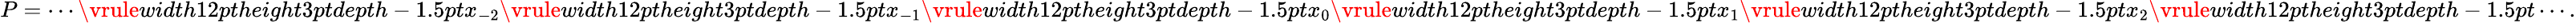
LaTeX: P=\cdots\mathord{\vrule width12ptheight3ptdepth-1.5pt}x_{-2}\mathord{\vrule width12ptheight3ptdepth-1.5pt}x_{-1}\mathord{\vrule width12ptheight3ptdepth-1.5pt}x_{0}\mathord{\vrule width12ptheight3ptdepth-1.5pt}x_{1}\mathord{\vrule width12ptheight3ptdepth-1.5pt}x_{2}\mathord{\vrule width12ptheight3ptdepth-1.5pt}\cdots.